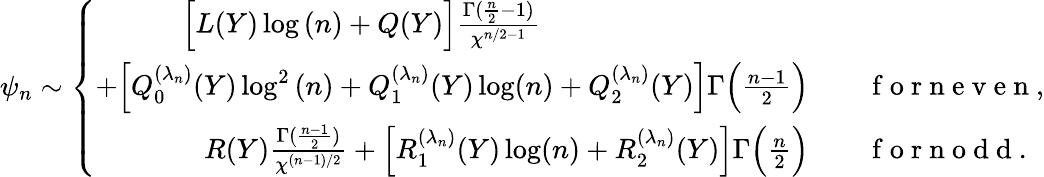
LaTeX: \psi_{n}\sim\left\{ \begin{array}{rl}{\Big[L(Y)\log{(n)}+Q(Y)\Big]\frac{\Gamma(\frac{n}{2}-1)}{\chi^{n/2-1}}\qquad\qquad~~\qquad\qquad\quad}&{{}}\\ {+\Big[Q_{0}^{(\lambda_{n})}(Y)\log^{2}{(n)}+Q_{1}^{(\lambda_{n})}(Y)\log(n)+Q_{2}^{(\lambda_{n})}(Y)\Big]\Gamma\Big(\frac{n-1}{2}\Big)}&{{}\quad\mathrm{~f~o~r~n~e~v~e~n~},}\\ {R(Y)\frac{\Gamma(\frac{n-1}{2})}{\chi^{(n-1)/2}}+\Big[R_{1}^{(\lambda_{n})}(Y)\log(n)+R_{2}^{(\lambda_{n})}(Y)\Big]\Gamma\Big(\frac{n}{2}\Big)}&{{}\quad\mathrm{~f~o~r~n~o~d~d~}.}\end{array}\right.